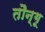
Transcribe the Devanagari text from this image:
तौन्गू